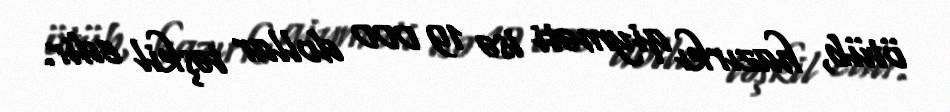
ötüb, hazırkı qiyməti isə 19 000 dollar təşkil edir.